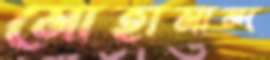
মোহামান্দ